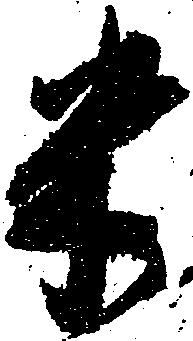
米